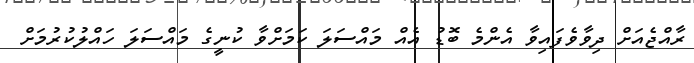
ރާއްޖެއަށް ދިވާވެފައިވާ އެންމެ ބޮޑު އެއް މައްސަލަ ކަމަށްވާ ކުނީގެ މައްސަލަ ހައްލުކުރުމަށް